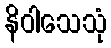
နိဝါသေသုံ